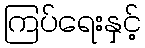
ကြပ်ရေးနှင့်